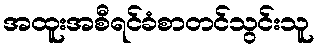
အထူးအစီရင်ခံစာတင်သွင်းသူ